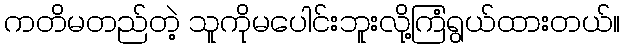
ကတိမတည်တဲ့ သူကိုမပေါင်းဘူးလို့ကြံရွယ်ထားတယ်။